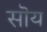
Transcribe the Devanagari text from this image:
सॊय